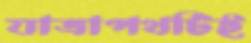
যাত্রাপথটিই